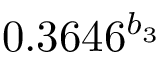
0 . 3 6 4 6 ^ { b _ { 3 } }